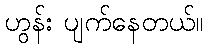
ဟွန်း ပျက်နေတယ်။